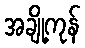
အချို့ကုန်